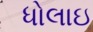
ધોલાઇ